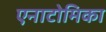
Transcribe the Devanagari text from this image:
एनाटोमिका